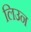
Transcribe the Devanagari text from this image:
लिउन